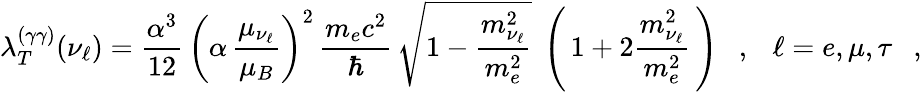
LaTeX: \lambda_{T}^{(\gamma\gamma)}(\nu_{\ell})=\frac{\alpha^{3}}{12}\, \left(\alpha\, \frac{\mu_{\nu_{\ell}}}{\mu_{B}}\right)^{2}\, \frac{m_{e}c^{2}}{\hbar}\, \sqrt{1-\frac{m_{\nu_{\ell}}^{2}}{m_{e}^{2}}}\ \left(\, 1+2\frac{m_{\nu_{\ell}}^{2}}{m_{e}^{2}}\, \right)\ \ \ ,\ \ \ \ell=e,\mu,\tau\ \ \ ,